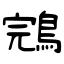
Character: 鵍